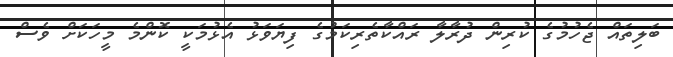
ބަލިތައް ޖެހުމުގެ ކުރިން ދުރާލާ ރައްކާތެރިކަމުގެ ފިޔަވަޅު އެޅުމަކީ ކޮންމެ މީހަކަށް ވެސް